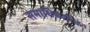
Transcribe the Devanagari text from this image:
समाधिकारिक